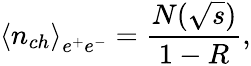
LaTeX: {\langle n_{ch}\rangle}_{e^{+}e^{-}}=\frac{N(\sqrt{s})}{1-R},